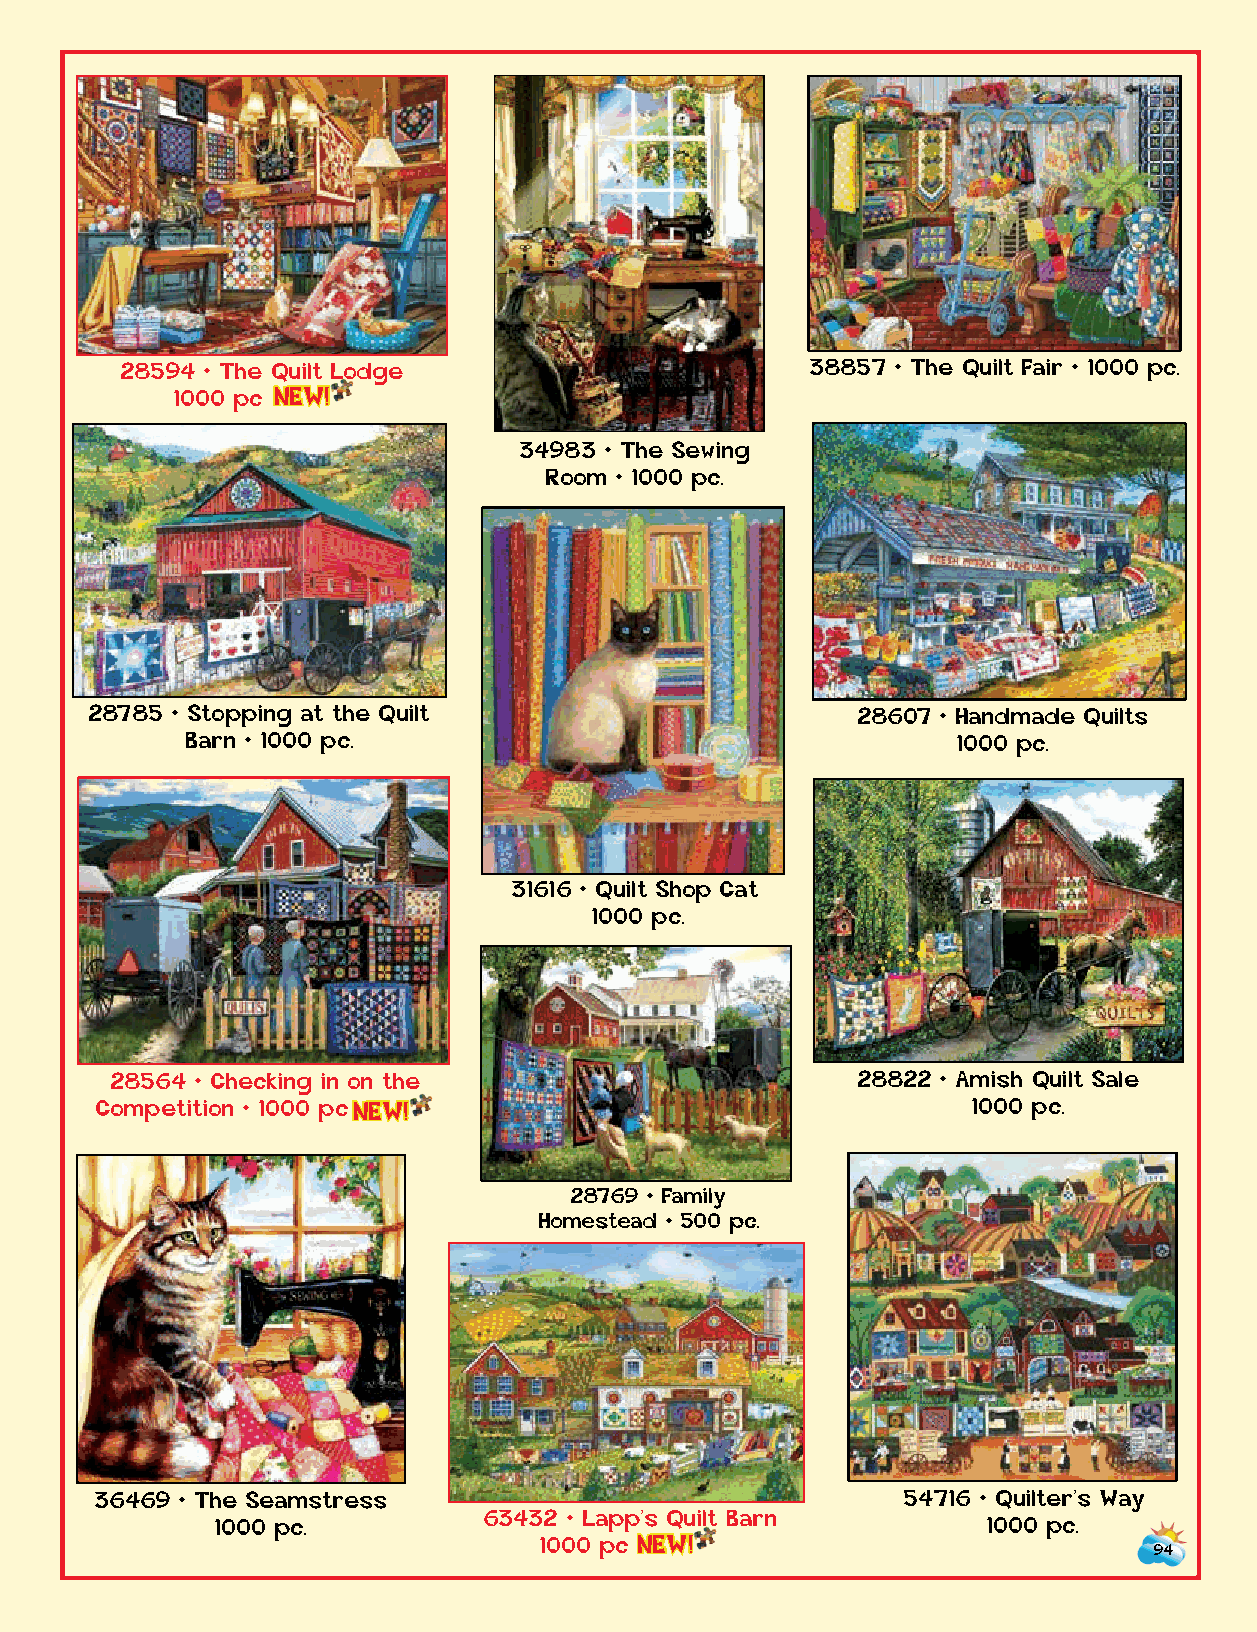
28867 • Fun in the Craft 28594 • The Quilt Lodge      38857 • The Quilt Fair • 1000 pc.
 Room • 1000 pc. 1000 p c NEW!
 34983 • The Sewing
 Room • 1000 pc.
 28785 • Stopping at the Quilt                      28607 • Handmade Quilts
 24218 • Spools • 1000 pc.
 Barn • 1000 pc.                                    1000 pc.
 31616 • Quilt Shop Cat
 1000 pc.
 38844 • Morning Day Quilt 28564 • Checking in on the     28822 • Amish Quilt Sale
 1000 pc. Competition • 1000 p c NEW!                            1000 pc.
 28769 • Family
 Homestead • 500 pc.
 28874 • Quilting Room
 Mischief • 1000 pc.
 36469 • The Seamstress                                54716 • Quilter’s Way
 63432 • Lapp’s Quilt Barn
 1000 pc.                                           1000 pc.
 1000 p c NEW!
 94